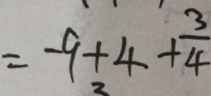
= - 9 + 4 + \frac { 3 } { 4 }